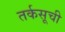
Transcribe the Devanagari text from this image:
तर्कसूची